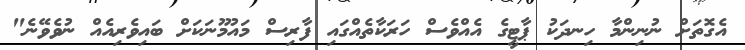
އެގޮތަށް ނުނިންމާ ހިނދަކު ޕާޓީގެ އެއްވެސް ހަރަކާތެއްގައި ފާރިސް މައުމޫނަކަށް ބައިވެރިއެއް ނުވެވޭނެ"